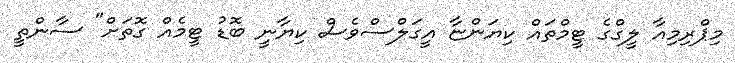
މިޕްރިމިއާ ލީގްގެ ޓީމްތައް ކިޔަންޏާ އީގަލްސްވެސް ކިޔާނީ ބޮޑު ޓީމެއް ގޮތަށް" ސާންތީ